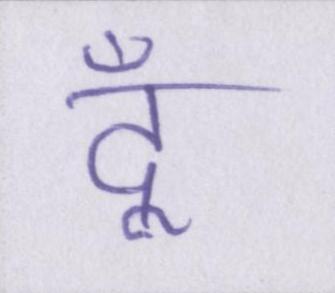
दूँ